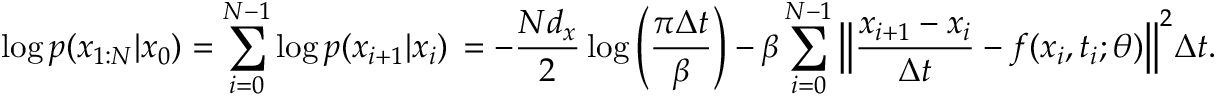
\log p ( x _ { 1 : N } | x _ { 0 } ) = \sum _ { i = 0 } ^ { N - 1 } \log p ( x _ { i + 1 } | x _ { i } ) \, = - \frac { N d _ { x } } { 2 } \log \left( \frac { \pi \Delta t } { \beta } \right) - \beta \sum _ { i = 0 } ^ { N - 1 } \Big \Vert \frac { x _ { i + 1 } - x _ { i } } { \Delta t } - f ( x _ { i } , t _ { i } ; \theta ) \Big \Vert ^ { 2 } \Delta t .